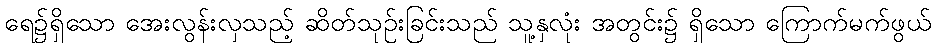
ရေ၌ရှိသော အေးလွန်းလှသည့် ဆိတ်သုဉ်းခြင်းသည် သူ့နှလုံး အတွင်း၌ ရှိသော ကြောက်မက်ဖွယ်